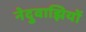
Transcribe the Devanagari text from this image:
नेदुवाझियों